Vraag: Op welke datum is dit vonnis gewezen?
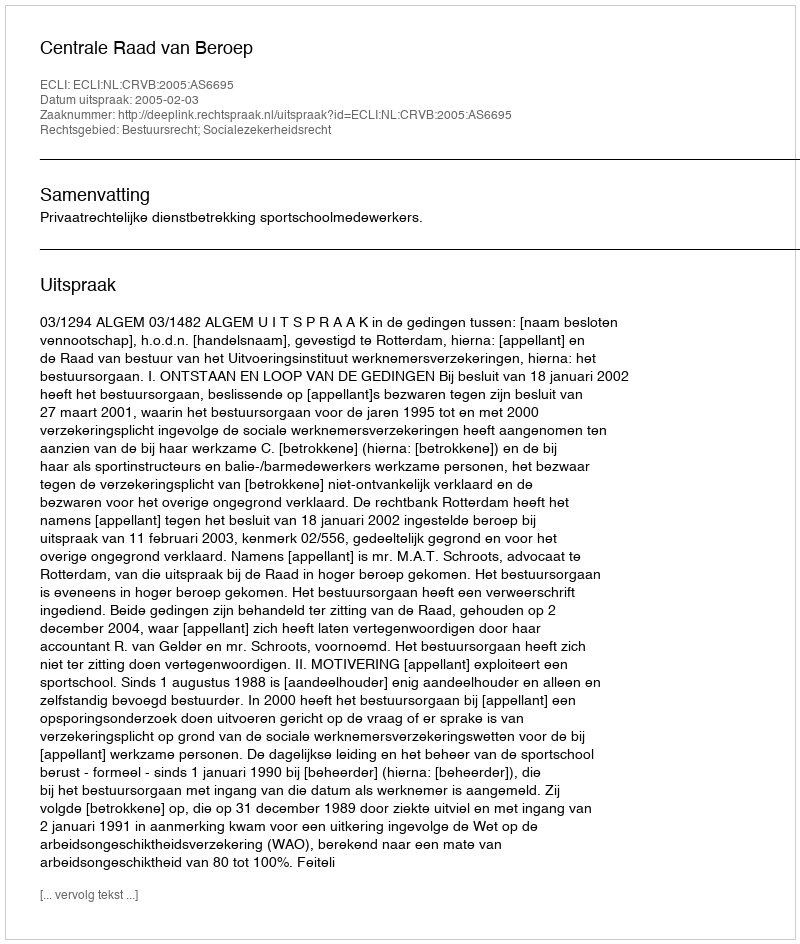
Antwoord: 2005-02-03